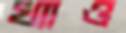
খ্যাও